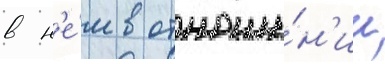
в н'е́м в отноше́н'ии